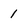
Character: 1